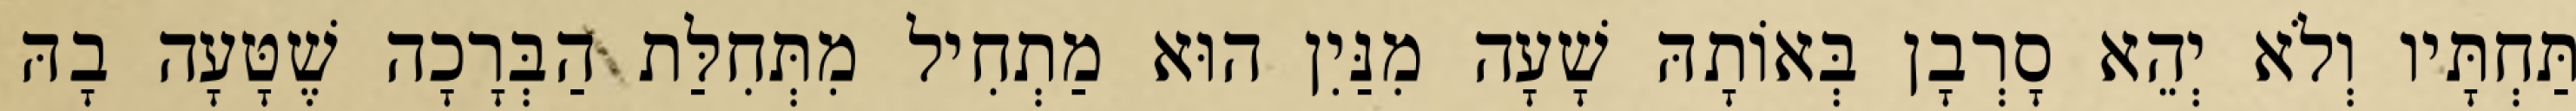
תַּחְתָּיו וְלֹא יְהֵא סָרְבָן בְּאוֹתָהּ שָׁעָה מִנַּיִן הוּא מַתְחִיל מִתְּחִלַּת הַבְּרָכָה שֶׁטָּעָה בָהּ